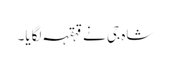
شاہ جی نے قہقہہ لگایا۔